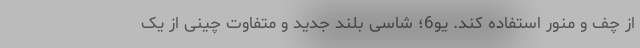
از چف و منور استفاده کند. یو6؛ شاسی بلند جدید و متفاوت چینی از یک